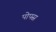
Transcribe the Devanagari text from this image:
पोपस